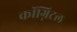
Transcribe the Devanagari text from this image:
कॉग्निटल